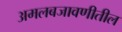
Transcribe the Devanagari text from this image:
अमलबजावणीतील